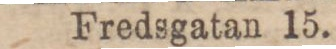
Fredsgatan 15.